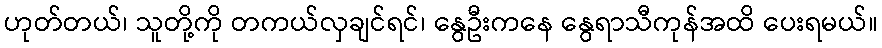
ဟုတ်တယ်၊ သူတို့ကို တကယ်လှချင်ရင်၊ နွေဦးကနေ နွေရာသီကုန်အထိ ပေးရမယ်။